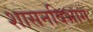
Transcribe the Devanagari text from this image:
शासनविभाग